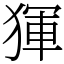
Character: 𤟤